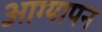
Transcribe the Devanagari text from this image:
आग्यापन